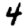
Digit: 4